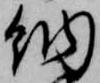
納